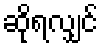
ဆိုရလျှင်